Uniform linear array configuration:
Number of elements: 24
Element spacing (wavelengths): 1
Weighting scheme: hann
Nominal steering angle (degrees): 60
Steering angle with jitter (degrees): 60.556
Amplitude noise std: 0.05
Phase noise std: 0.05

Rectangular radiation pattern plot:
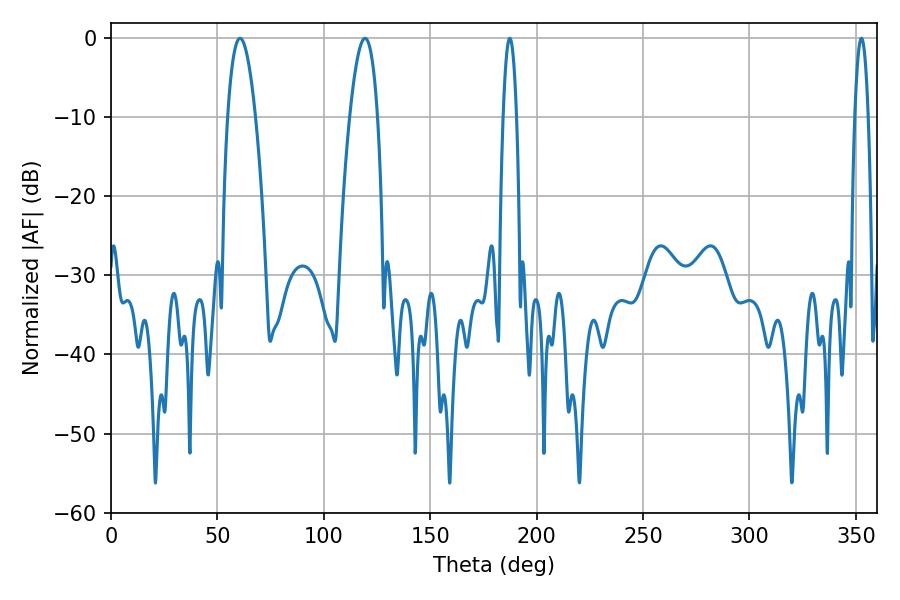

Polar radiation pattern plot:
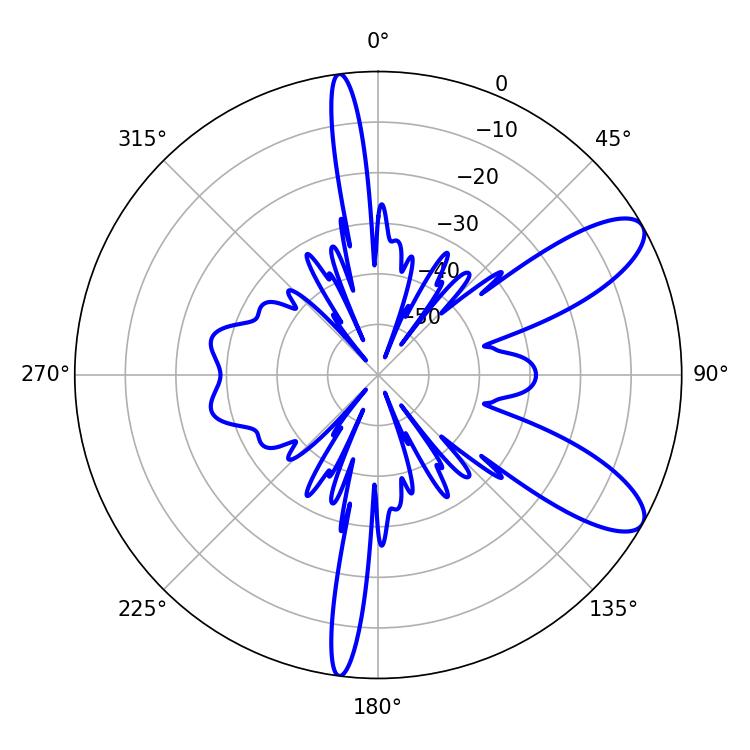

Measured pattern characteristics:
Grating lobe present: TRUE
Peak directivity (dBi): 9.61
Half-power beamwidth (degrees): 3.6
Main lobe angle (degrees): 187.38